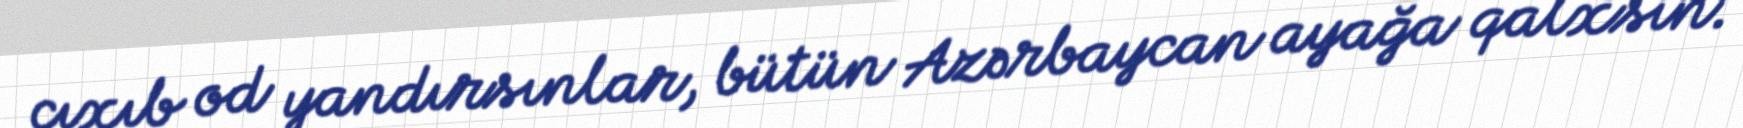
çıxıb od yandırsınlar, bütün Azərbaycan ayağa qalxsın.